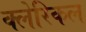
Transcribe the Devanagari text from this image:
क्लेरिकल